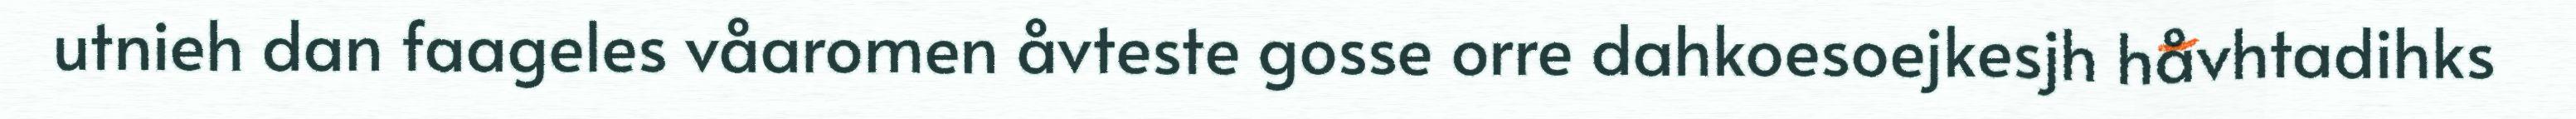
utnieh dan faageles våaromen åvteste gosse orre dahkoesoejkesjh håvhtadihks